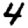
Digit: 4